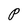
Character: P